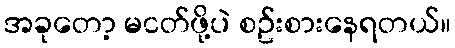
အခုတော့ မငတ်ဖို့ပဲ စဥ်းစားနေရတယ်။